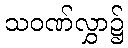
သဝဏ်လွှာ၌